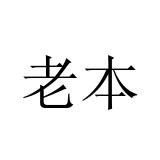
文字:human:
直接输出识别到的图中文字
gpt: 老本